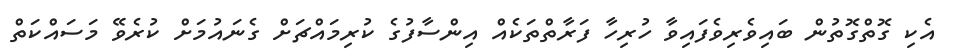
އެކި ގޮތްގޮތުން ބައިވެރިވެފައިވާ ހުރިހާ ފަރާތްތަކެއް އިންސާފުގެ ކުރިމައްޗަށް ގެނައުމަށް ކުރެވޭ މަސައްކަތް